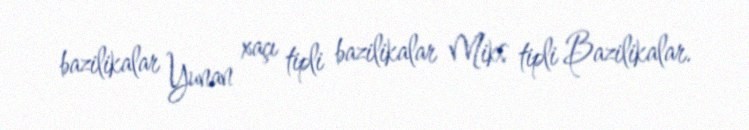
bazilikalar Yunan xaçı tipli bazilikalar Miks tipli Bazilikalar.